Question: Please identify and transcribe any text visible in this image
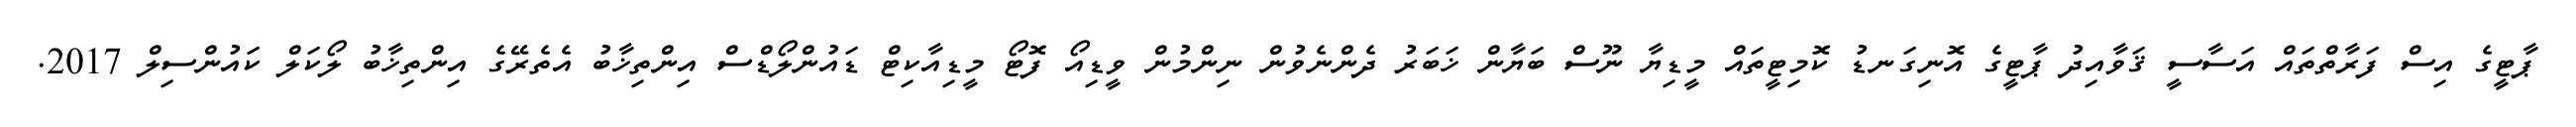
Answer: ޕާޓީގެ އިސް ފަރާތްތައް އަސާސީ ޤަވާއިދު ޕާޓީގެ އޮނިގަނޑު ކޮމިޓީތައް މީޑިޔާ ނޫސް ބަޔާން ޚަބަރު ދެންނެވުން ނިންމުން ވީޑިއޯ ފޮޓޯ މީޑިއާކިޓް ޑައުންލޯޑްސް އިންތިޚާބު އެތެރޭގެ އިންތިޚާބު ލޯކަލް ކައުންސިލް 2017.